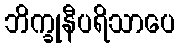
ဘိက္ခုနီပရိသာပေ